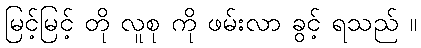
မြင့်မြင့် တို လူစု ကို ဖမ်းလာ ခွင့် ရသည် ။